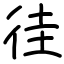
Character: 徍